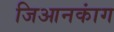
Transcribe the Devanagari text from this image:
जिआनकांग